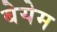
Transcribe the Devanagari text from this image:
बेयेम